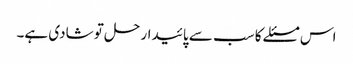
اس مسئلے کا سب سے پائیدار حل تو شادی ہے۔